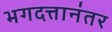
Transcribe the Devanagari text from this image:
भगदत्तानंतर